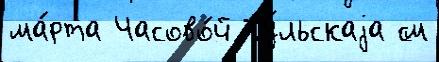
ма́рта Часово́й Ту́льскаjа см